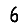
Digit: 6